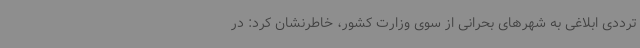
ترددی ابلاغی به شهرهای بحرانی از سوی وزارت کشور، خاطرنشان کرد: در